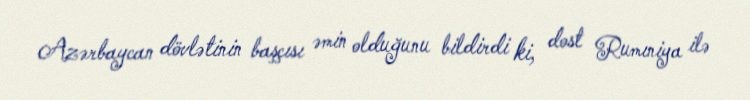
Azərbaycan dövlətinin başçısı əmin olduğunu bildirdi ki, dost Rumıniya ilə